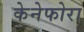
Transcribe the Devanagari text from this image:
केनेफोरा